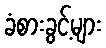
ခံစားခွင့်များ